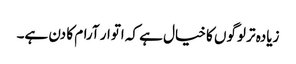
زیادہ تر لوگوں کا خیال ہے کہ اتوار آرام کا دن ہے۔